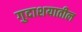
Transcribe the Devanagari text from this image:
गुदाशयातील